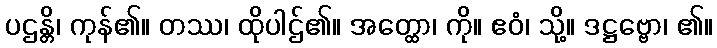
ပဌန္တိ၊ ကုန်၏။ တဿ၊ ထိုပါဌ်၏။ အတ္ထော၊ ကို။ ဧဝံ၊ သို့။ ဒဋ္ဌဗ္ဗော၊ ၏။